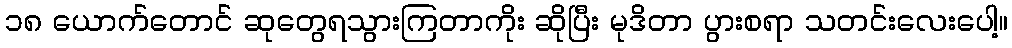
၁၈ ယောက်တောင် ဆုတွေရသွားကြတာကိုး ဆိုပြီး မုဒိတာ ပွားစရာ သတင်းလေးပေါ့။